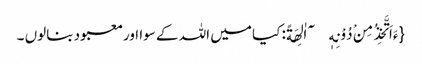
{ءَاَتَّخِذُ مِنْ دُوْنِهٖۤ اٰلِهَةً: کیا میں اللہ کے سوا اورمعبود بنالوں ۔